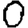
Digit: 0